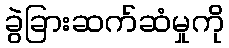
ခွဲခြားဆက်ဆံမှုကို